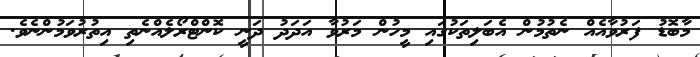
މާބޮޑު ފަރުވާއެއް ނެތުމުން އެބަލިތަކުގައި މީހުން މަރުވާ އަދަދު ދަނީ ކޮންޓްރޯލެއްނެތި އިތުރުވަމުންނެވެ.